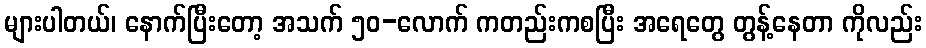
များပါတယ်၊ နောက်ပြီးတော့ အသက် ၅၀-လောက် ကတည်းကစပြီး အရေတွေ တွန့်နေတာ ကိုလည်း